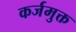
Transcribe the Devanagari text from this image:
कर्जमुक्त